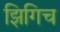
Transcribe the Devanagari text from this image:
झिगिच